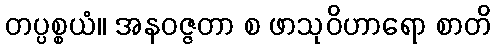
တပ္ပစ္စယံ။ အနဝဇ္ဇတာ စ ဖာသုဝိဟာရော စာတိ